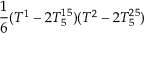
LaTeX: \frac { 1 } { 6 } ( T ^ { 1 } - 2 T _ { 5 } ^ { 1 5 } ) ( T ^ { 2 } - 2 T _ { 5 } ^ { 2 5 } )